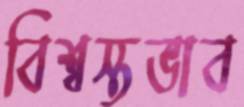
বিশ্বস্তভাব